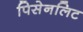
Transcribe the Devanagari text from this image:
पिसेनलिट